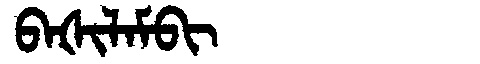
Manchu: ᠪᠠᡧᡳᠯᠠᠮᠪᡳ
Romanization: BAŠILAMBI